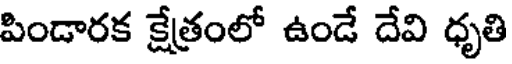
పిండారక క్షేత్రంలో ఉండే దేవి ధృతి